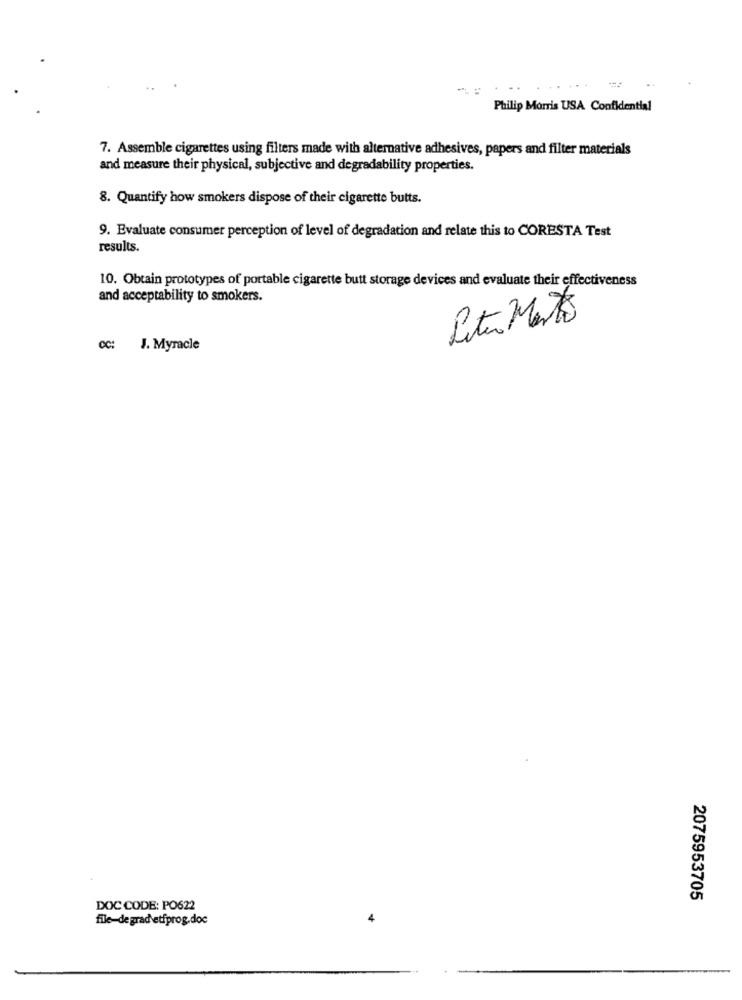
Philip Morris USA Confidential
7. Assemble cigarettes using filters made with alternative adhesives, papers and filter materials
and measure their physical, subjective and degradability properties.
8. Quantify how smokers dispose of their cigarette butts.
9. Evaluate consumer perception of level of degradation and relate this to CORESTA Test
results.
10. Obtain prototypes of portable cigarette butt storage devices and evaluate their effectiveness
and acceptability to smokers.
Piter Mento
00: J. Myracle
2075953705
DOC CODE: PO622
file-de grad etfprog.doc